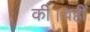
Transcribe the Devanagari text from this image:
की।वहीं